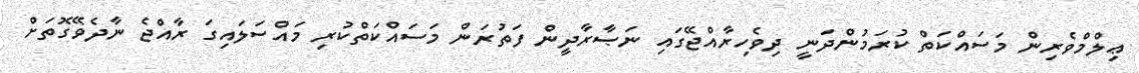
ޢިލްމްވެރިން މަސައްކަތް ކުރަމުންދަނީ ދިވެހިރާއްޖޭގައި ނަޞާރާދީން ފަތުރަން މަސައްކަތްކުރި މައްސަލައިގަ ރާއްޖެ ނާދެވޭގޮތަށް